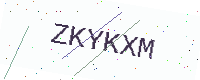
Text: ZKYKXM